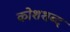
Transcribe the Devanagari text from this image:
कोशशब्द